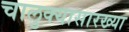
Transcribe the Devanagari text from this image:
चालुक्यासारख्या